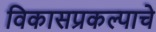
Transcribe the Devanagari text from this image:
विकासप्रकल्पाचे